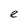
Character: e